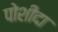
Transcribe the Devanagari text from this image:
पोशीदा